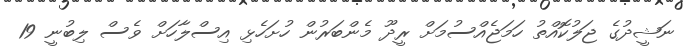
ނަޝީދުގެ ޖަލުކޮއްތު ހަމަޖެއްސުމަށް ރީދޫ މެންބަރުން ހުށަހެޅި އިސްލާހަށް ވެސް ލިބުނީ 19